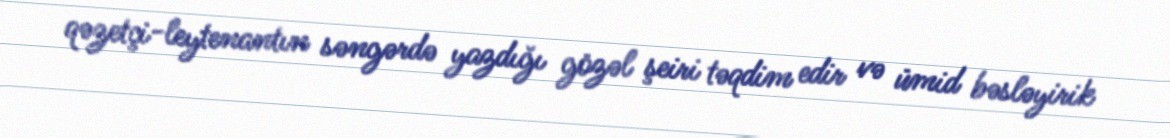
qəzetçi-leytenantın səngərdə yazdığı gözəl şeiri təqdim edir və ümid bəsləyirik